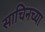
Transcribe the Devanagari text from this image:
साचिनच्या